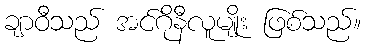
ချာဝီသည် အင်ဂိုနီလူမျိုး ဖြစ်သည်။